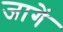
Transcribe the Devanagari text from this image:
जागें